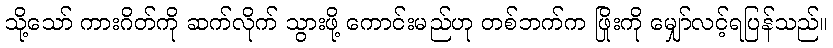
သို့သော် ကားဂိတ်ကို ဆက်လိုက် သွားဖို့ ကောင်းမည်ဟု တစ်ဘက်က ဖြိုးကို မျှော်လင့်ရပြန်သည်။